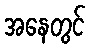
အနေတွင်